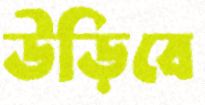
উড়িবে